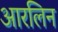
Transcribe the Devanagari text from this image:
आरलिन